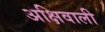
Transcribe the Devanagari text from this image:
अक्षिवाली